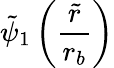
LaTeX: \tilde{\psi}_{1}\left(\frac{\tilde{r}}{r_{b}}\right)